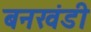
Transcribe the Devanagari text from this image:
बनखंडी